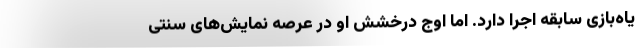
یاه‌بازی سابقه اجرا دارد. اما اوج درخشش او در عرصه نمایش‌های سنتی